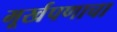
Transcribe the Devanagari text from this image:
मूर्खपणाचा